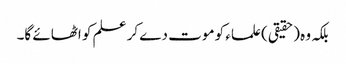
بلکہ وہ (حقیقی) علماء کو موت دے کر علم کو اٹھائے گا۔